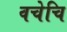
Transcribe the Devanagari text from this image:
वचेचि